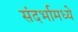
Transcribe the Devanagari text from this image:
संदर्भामध्ये